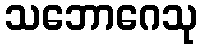
သဘောဂေသု